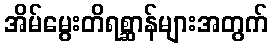
အိမ်မွေးတိရစ္ဆာန်များအတွက်